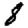
Digit: 8